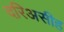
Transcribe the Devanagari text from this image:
दरिअसीह